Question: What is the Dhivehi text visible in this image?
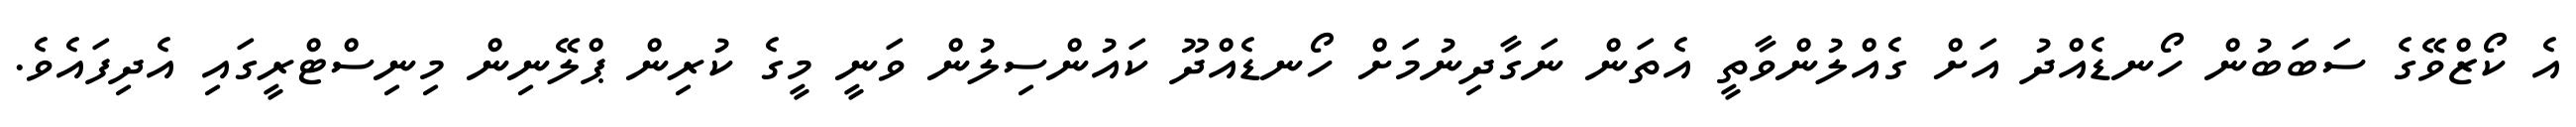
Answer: އެ ކޯޒްވޭގެ ސަބަބުން ހޯނޑެއްދު އަށް ގެއްލުންވާތީ އެތަން ނަގާދިނުމަށް ހޯނޑެއްދޫ ކައުންސިލުން ވަނީ މީގެ ކުރިން ޕްލޭނިން މިނިސްޓްރީގައި އެދިފައެވެ.